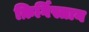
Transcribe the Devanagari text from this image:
क़िर्गिस्तान